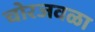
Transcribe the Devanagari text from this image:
चोरजवळा